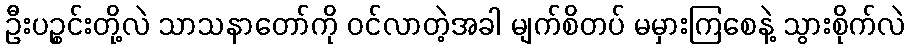
ဦးပဉ္စင်းတို့လဲ သာသနာတော်ကို ဝင်လာတဲ့အခါ မျက်စိတပ် မမှားကြစေနဲ့ သွားစိုက်လဲ